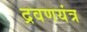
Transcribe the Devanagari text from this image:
द्रवणयंत्र